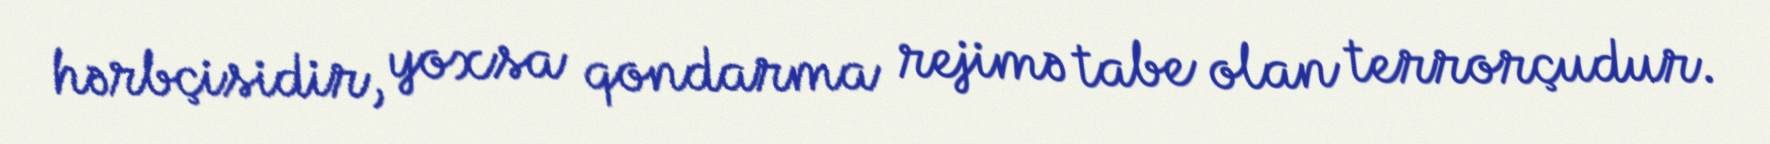
hərbçisidir, yoxsa qondarma rejimə tabe olan terrorçudur.